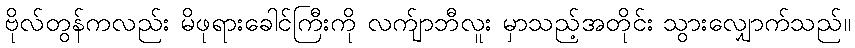
ဗိုလ်တွန်ကလည်း မိဖုရားခေါင်ကြီးကို လက်ျာဘီလူး မှာသည့်အတိုင်း သွားလျှောက်သည်။